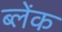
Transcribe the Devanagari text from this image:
ब्लेंक